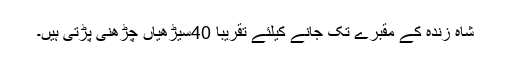
شاہ زندہ کے مقبرے تک جانے کیلئے تقریباً 40سیڑھیاں چڑھنی پڑتی ہیں۔